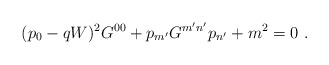
\begin{align*}(p_0-qW)^2 G^{00}+ p_{m'}G^{m'n'}p_{n'}+m^2=0\ .\end{align*}